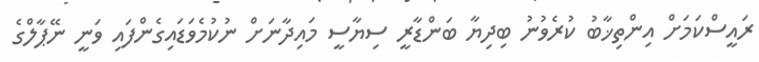
ރައީސްކަމަށް އިންތިޚާބު ކުރެވުނު ބިދިޔާ ބަންޑާރީ ސިޔާސީ މައިދާނަށް ނުކުމެވަޑައިގެންފައި ވަނީ ނޭޕާލްގެ